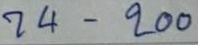
74 - 200